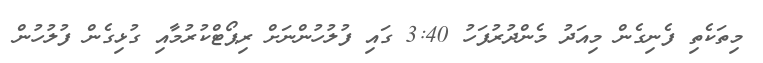
މިތަކެތި ފެނިގެން މިއަދު މެންދުރުފަހު 3:40 ގައި ފުލުހުންނަށް ރިޕޯޓްކުރުމާއި ގުޅިގެން ފުލުހުން